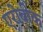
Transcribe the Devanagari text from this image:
एरोबीक